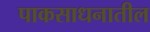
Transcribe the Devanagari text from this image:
पाकसाधनातील